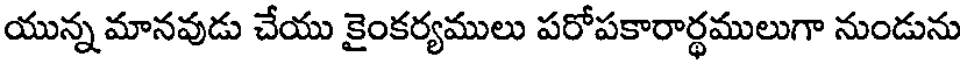
యున్న మానవుడు చేయు కైంకర్యములు పరోపకారార్థములుగా నుండును